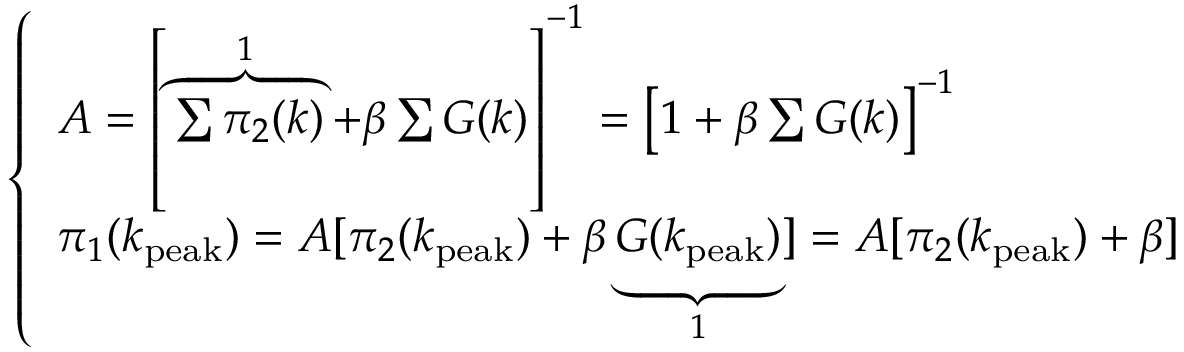
\left\{ \begin{array} { l } { A = \left[ \overbrace { \sum \pi _ { 2 } ( k ) } ^ { 1 } + \beta \sum G ( k ) \right] ^ { - 1 } = \left[ 1 + \beta \sum G ( k ) \right] ^ { - 1 } } \\ { \pi _ { 1 } ( k _ { \mathrm { p e a k } } ) = A [ \pi _ { 2 } ( k _ { \mathrm { p e a k } } ) + \beta \underbrace { G ( k _ { \mathrm { p e a k } } ) } _ { 1 } ] = A [ \pi _ { 2 } ( k _ { \mathrm { p e a k } } ) + \beta ] } \end{array} \right.